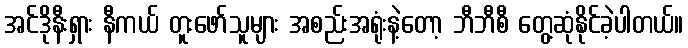
အင်ဒိုနီးရှား နီကယ် တူးဖော်သူများ အစည်းအရုံးနဲ့တော့ ဘီဘီစီ တွေ့ဆုံနိုင်ခဲ့ပါတယ်။